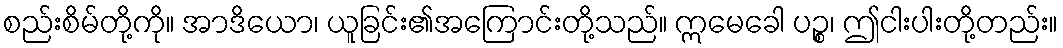
စည်းစိမ်တို့ကို။ အာဒိယော၊ ယူခြင်း၏အကြောင်းတို့သည်။ ဣမေခေါ ပဉ္စ၊ ဤငါးပါးတို့တည်း။